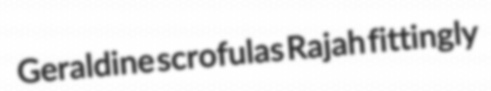
Geraldine scrofulas Rajah fittingly